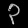
Digit: ၃